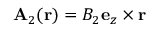
\mathbf { A } _ { 2 } ( \mathbf { r } ) = B _ { 2 } \mathbf { e } _ { z } \times \mathbf { r }